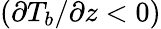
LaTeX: (\partial T_{b}/\partial z<0)